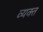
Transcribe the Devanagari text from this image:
व्‍यक्‍त